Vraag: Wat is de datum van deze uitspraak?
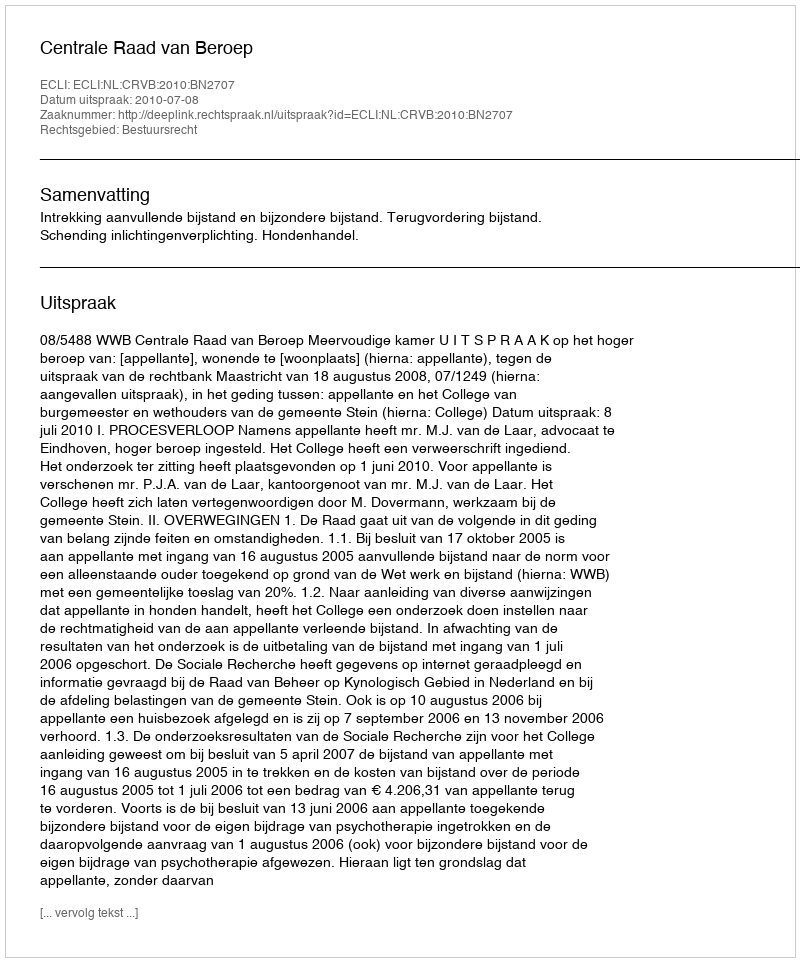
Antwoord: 2010-07-08